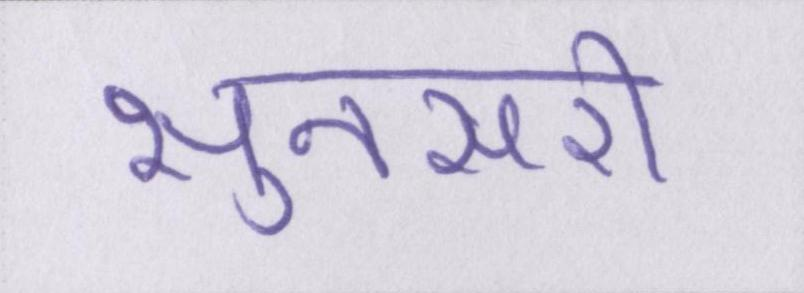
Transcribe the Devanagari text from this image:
सुनसरी